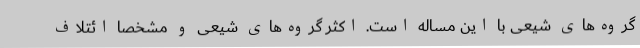
گروه‌های شیعی با این مساله است. اکثر گروه‌های شیعی و مشخصا ائتلاف